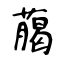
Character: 﨟